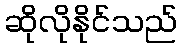
ဆိုလိုနိုင်သည်